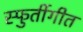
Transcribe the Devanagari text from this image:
स्फुर्तीगीत